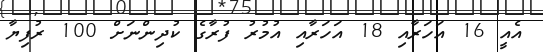
އެއީ 16 އަހަރާއި 18 އަހަރާއި އުމުރު ފުރާގެ ކުދިންނަށް 100 ރުފިޔާ